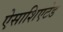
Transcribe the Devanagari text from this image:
ऐसाशिएटेड